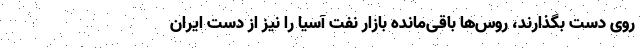
روی دست بگذارند، روس‌ها باقی‌مانده بازار نفت آسیا را نیز از دست ایران